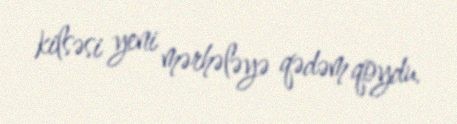
kilsəsi yeni mərhələyə qədəm qoydu.